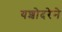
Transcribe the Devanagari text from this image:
यशोदरेने